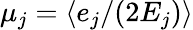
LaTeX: \mu_{j}=\left<e_{j}/(2E_{j})\right>